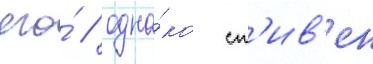
его́ / одна́ко ст'ив'ен